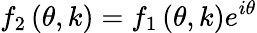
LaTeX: f_{2}\left(\theta,k\right)=f_{1}\left(\theta,k\right)e^{i\theta}